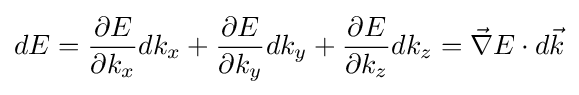
dE={\frac {\partial E}{\partial k_{x}}}dk_{x}+{\frac {\partial E}{\partial k_{y}}}dk_{y}+{\frac {\partial E}{\partial k_{z}}}dk_{z}={\vec {\nabla }}E\cdot d{\vec {k}}